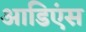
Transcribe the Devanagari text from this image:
आडिएंस